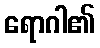
ရောဂါ၏